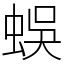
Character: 蜈